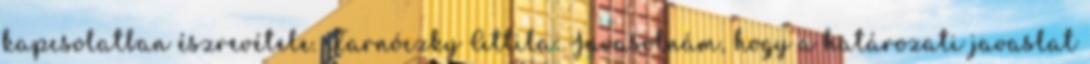
kapcsolatban észrevétele. Tarnóczky Attila: Javasolnám, hogy a határozati javaslat